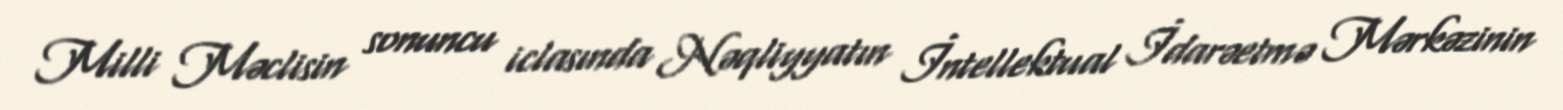
Milli Məclisin sonuncu iclasında Nəqliyyatın İntellektual İdarəetmə Mərkəzinin